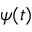
\psi ( t )